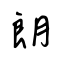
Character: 朗